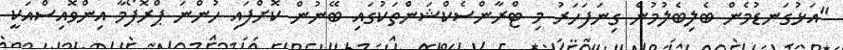
"އަޅުގަނޑުމެން ބެލިބެލުމުން ގިނަފަހަރު މި ޓްރާންސެކްޝަންތަކުގައި ބޭނުން ކޮށްފައި ހުންނަ ޕްރޮފޯމާ އިންވޮއިސްއަކީ